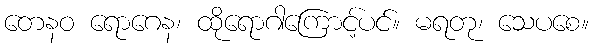
တေနဝ ရောဂေန၊ ထိုရောဂါကြောင့်ပင်။ မရတု၊ သေပစေ။